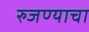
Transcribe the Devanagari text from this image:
रुजण्याचा